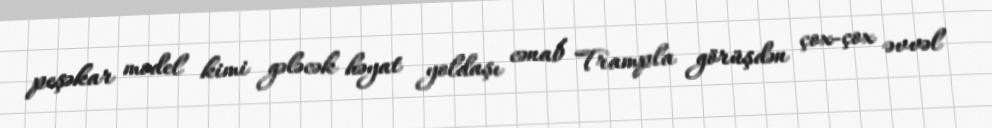
peşəkar model kimi gələcək həyat yoldaşı cənab Trampla görüşdən çox-çox əvvəl